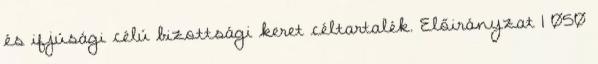
és ifjúsági célú bizottsági keret céltartalék. Előirányzat 1 050